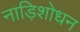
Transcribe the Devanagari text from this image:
नाड़िशोधन